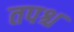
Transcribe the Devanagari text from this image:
तपश्च